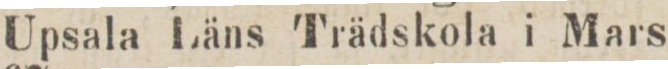
Upsala Läns Trädskola i Mars